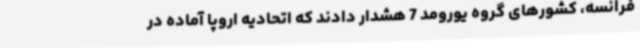
فرانسه، کشورهای گروه یورومد 7 هشدار دادند که اتحادیه اروپا آماده در